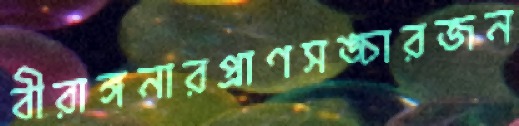
বীরাঙ্গনারপ্রাণসঙ্চারজন